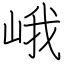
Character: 峨